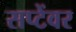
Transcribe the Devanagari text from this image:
सप्टेंवर